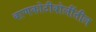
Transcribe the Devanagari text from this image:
बाणकोटीबोलींतील